Lunatic asylums Madras 1877-1891 - 1877-1891
Year: 1877
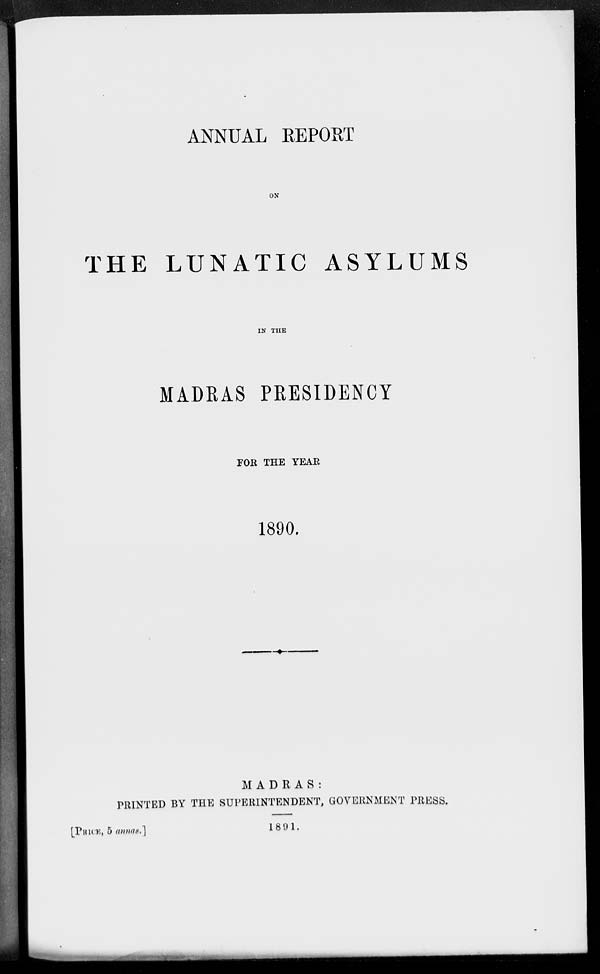
ANNUAL REPORT
ON
THE LUNATIC ASYLUMS
IN THE
MADRAS PRESIDENCY
FOR THE YEAR
1890.
MADRAS:
PRINTED BY THE SUPERINTENDENT, GOVERNMENT PRESS.
1891.
[PRICE, 5 annas.]